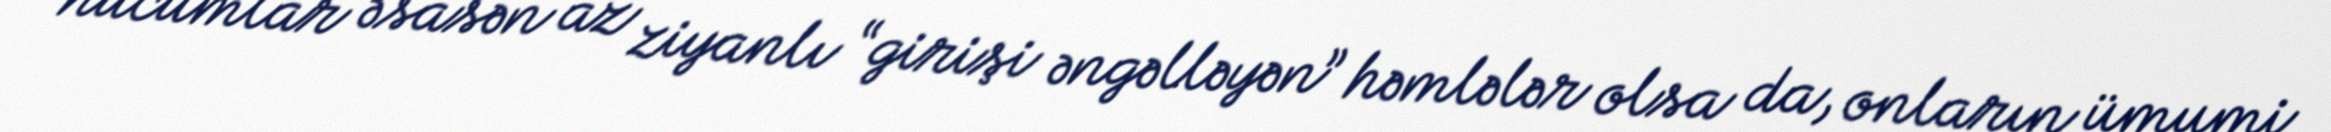
hücumlar əsasən az ziyanlı “girişi əngəlləyən” həmlələr olsa da, onların ümumi